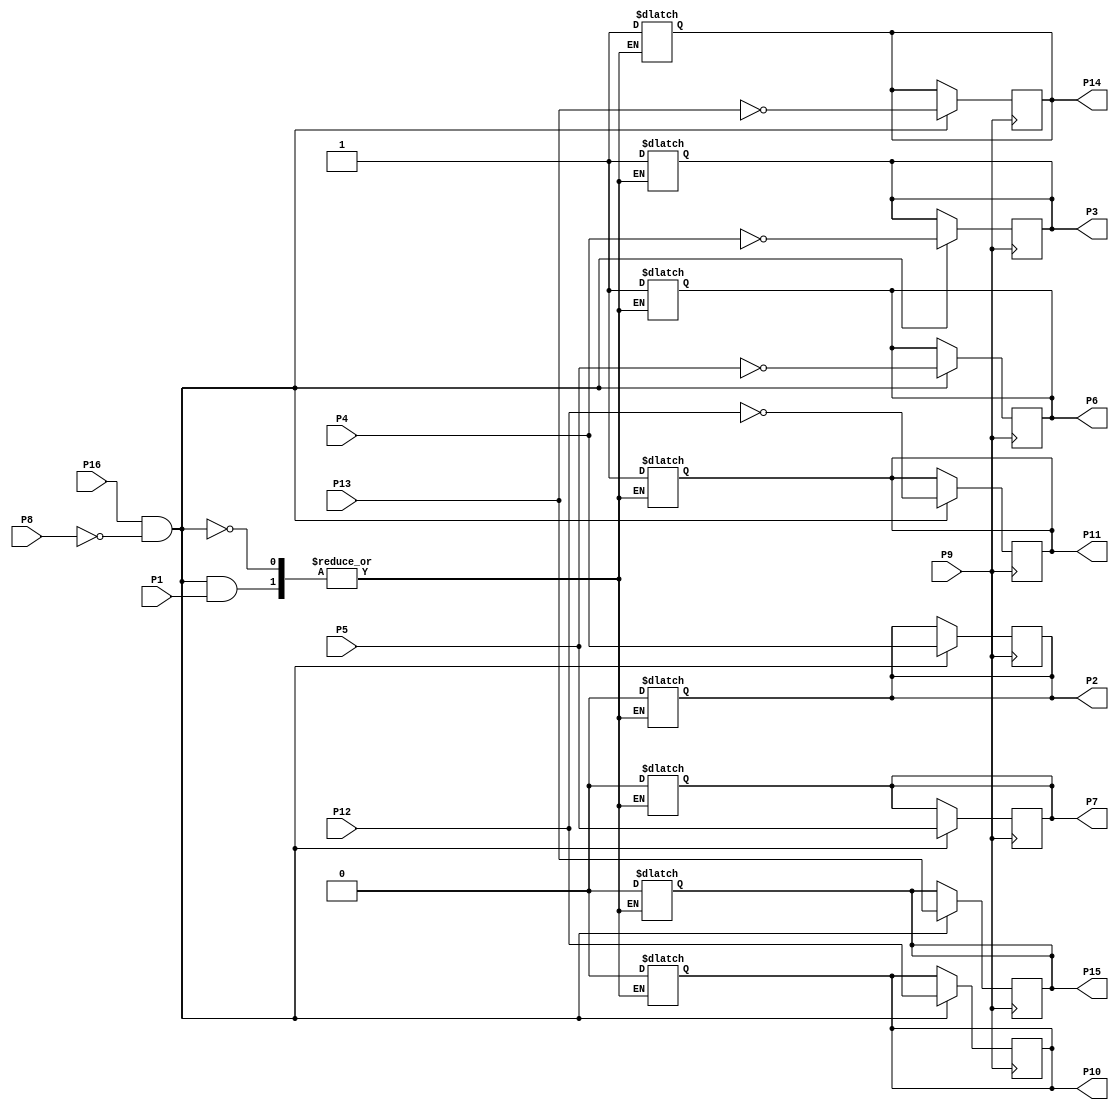
//================================================================--
// Design Unit	: sn74175 (behaviour) 
//
//
// Purpose	: model of TTL SN74175 quod D FF IC
//
//
// Environmant	: Icarus
//-------------------------------------------------------------------
// Revision List	
// Version	Author	Date	Changes
// 1.0		PW	Sept 10 New version
//================================================================--

module sn74175 (P1, P2, P3, P4, P5, P6, P7, P8, P9, P10, P11, P12, P13, P14, P15, P16); 

   output reg P2, P3, P6, P7, P10, P11, P14, P15;
   input P1, P4, P5, P8, P9, P12, P13, P16;

   always @ (posedge P9) begin
      if ((P16 == 1'b 1) && (P8 == 1'b 0)) begin
         // Q0 and Q0_BAR
         P2 <= P4;
         P3 <= ~P4;
         // Q1 and Q1_BAR
         P7 <= P5;
         P6 <= ~P5;
         // Q2 and Q2_BAR
         P10 <= P12;
         P11 <= ~P12;
         // Q3 and Q3_BAR
         P15 <= P13;
         P14 <= ~P13;
      end
   end

   always @ (P1) begin
      if ((P16 == 1'b 1) && (P8 == 1'b 0)) begin
         if (P1 == 0) begin
            // Q0 and Q0_BAR
            P2 <= 1'b0;
            P3 <= 1'b1;
            // Q1 and Q1_BAR
            P7 <= 1'b0;
            P6 <= 1'b1;
            // Q2 and Q2_BAR
            P10 <= 1'b0;
            P11 <= 1'b1;
            // Q3 and Q3_BAR
            P15 <= 1'b0;
            P14 <= 1'b1;
         end
      end
   end

endmodule